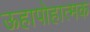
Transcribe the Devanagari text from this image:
ऊहापोहात्मक